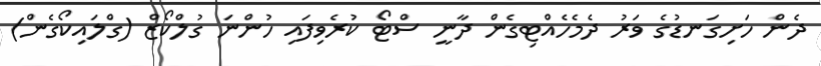
ދެން ހަށިގަނޑުގެ ވަރު ދެމެހެއްޓިގެން ދާނީ ސްޓޯ ކުރެވިފައި ހުންނަ ގުލްކޯޒް (ގްލައިކޯގެން)